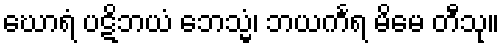
ဃောရံ ပဋိဘယံ ဘေသ္မံ၊ ဘယင်္ကရ မိမေ တီသု။